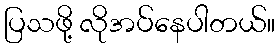
ပြသဖို့ လိုအပ်နေပါတယ်။